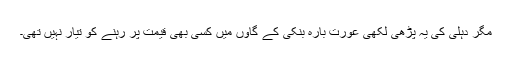
مگر دہلی کی یہ پڑھی لکھی عورت بارہ بنکی کے گاؤں میں کسی بھی قیمت پر رہنے کو تیار نہیں تھی۔